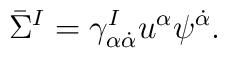
\bar \Sigma^I=\gamma^I_{\alpha\dot\alpha}u^{\alpha}\psi^{\dot\alpha}.